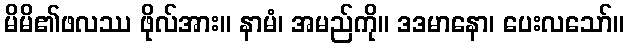
မိမိ၏ဖလဿ ဖိုလ်အား။ နာမံ၊ အမည်ကို။ ဒဒမာနော၊ ပေးလသော်။